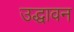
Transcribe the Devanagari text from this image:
उद्धावन